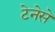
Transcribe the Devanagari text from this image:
टेनेसे